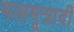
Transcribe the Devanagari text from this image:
मलमूत्रादी